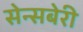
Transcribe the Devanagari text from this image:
सेन्सबेरी